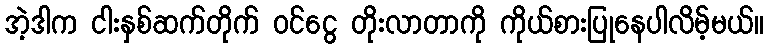
အဲ့ဒါက ငါးနှစ်ဆက်တိုက် ဝင်ငွေ တိုးလာတာကို ကိုယ်စားပြုနေပါလိမ့်မယ်။